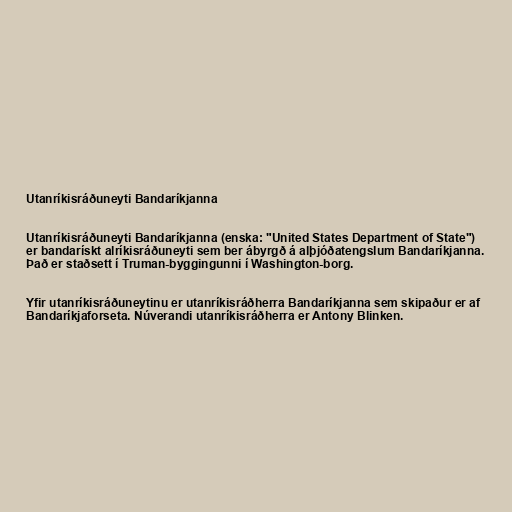
Utanríkisráðuneyti Bandaríkjanna

Utanríkisráðuneyti Bandaríkjanna (enska: "United States Department of State")
er bandarískt alríkisráðuneyti sem ber ábyrgð á alþjóðatengslum Bandaríkjanna.
Það er staðsett í Truman-byggingunni í Washington-borg.

Yfir utanríkisráðuneytinu er utanríkisráðherra Bandaríkjanna sem skipaður er af
Bandaríkjaforseta. Núverandi utanríkisráðherra er Antony Blinken.